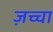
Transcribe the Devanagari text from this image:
ज़च्चा